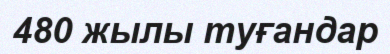
480 жылы туғандар